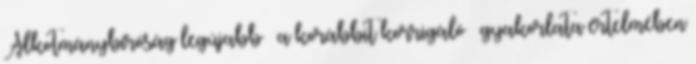
Alkotmánybíróság legújabb – a korábbit korrigáló – gyakorlata értelmében